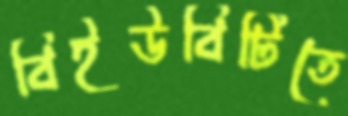
বিইউবিটিতে